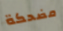
مضحكة